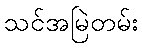
သင်အမြဲတမ်း